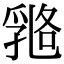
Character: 𠄇